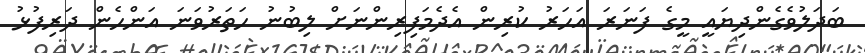
ބަދަލުވެގެންދިޔައީ މީގެ ފަނަރަ އަހަރު ކުރިން އެދެމަފިރިންނަށް ލިބުނު ހަތަރުވަނަ އަންހެން ދަރިފުޅު